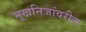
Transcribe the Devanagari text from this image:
भूखनिजांवरील